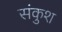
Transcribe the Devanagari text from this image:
संकुश